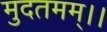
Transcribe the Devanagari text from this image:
मुदतमम्।।